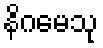
နိဂမေသု